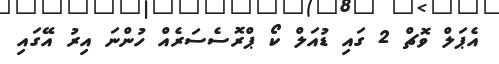
އެޕަލް ވޮޗް 2 ގައި ޑުއަލް ކޯ ޕްރޮސެސަރެއް ހުންނަ އިރު އޭގައި